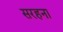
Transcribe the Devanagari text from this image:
सरहना